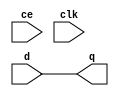
`timescale 1ns / 1ps
//////////////////////////////////////////////////////////////////////////////////
// Company: 
// Engineer: 
// 
// Design Name: 
// Module Name:    delay 
// Project Name: 
// Target Devices: 
// Tool versions: 
// Description: 
//
// Dependencies: 
//
// Revision: 
// Revision 0.01 - File Created
// Additional Comments: 
//
//////////////////////////////////////////////////////////////////////////////////
/*module delay #
(	
	parameter N = 8,
	parameter DELAY = 0
)
(
	input [N - 1:0] 	in,
	input					ce,
	input					clk,
	output [N - 1:0] 	out
);

reg [N-1:0] chain[0:DELAY];
integer i;

always @(posedge clk)
begin
	if(ce) begin
		for(i = DELAY; i > 0; i = i - 1)
		begin: register
			chain[i] <= chain[i - 1];
		end
		chain[0] <= in;
	end
end

assign out = chain[DELAY];

endmodule
*/

module delay #
(
	parameter N = 8,
	parameter DELAY = 0
)
(
	input [N - 1:0] d,
	input ce,
	input clk,
	output [N - 1:0] q
);
wire [N - 1:0] tdata [DELAY:0];

assign tdata[0] = d; //zakladam, e jeli delay=0, ce nie ma znaczenia

genvar i;
generate
	for(i = 0; i < DELAY; i = i + 1)
	begin: regs
	register #
	(
		.N(N)
	)
	reg_i
	(
		.clk(clk),
		.ce(ce),
		.d(tdata[i]),
		.q(tdata[i + 1])
	);
	end
endgenerate
assign q = tdata[DELAY];
endmodule